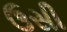
ઉસી